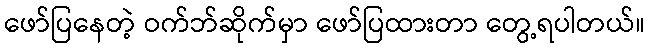
ဖော်ပြနေတဲ့ ဝက်ဘ်ဆိုက်မှာ ဖော်ပြထားတာ တွေ့ရပါတယ်။